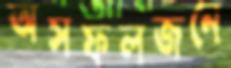
অসফলজনে